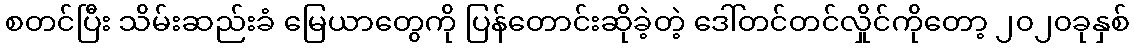
စတင်ပြီး သိမ်းဆည်းခံ မြေယာတွေကို ပြန်တောင်းဆိုခဲ့တဲ့ ဒေါ်တင်တင်လှိုင်ကိုတော့ ၂၀၂၀ခုနှစ်